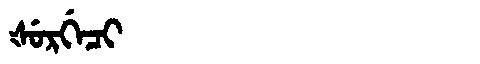
Manchu: ᡧᡠᡵᡤᡝᠴᡳ
Romanization: ŠURGECI